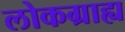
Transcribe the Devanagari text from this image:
लोकग्राह्य